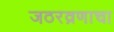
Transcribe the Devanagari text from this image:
जठरव्रणाचा